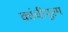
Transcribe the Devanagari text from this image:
कांचीपूरम